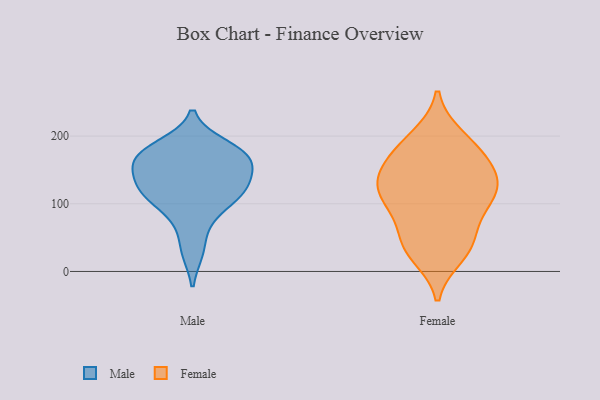
{"axis": {"x": "Website Visitors", "y": "Value"}, "legend": ["Female", "Male"], "data": [{"x": "", "y": 141, "type": "Male"}, {"x": "", "y": 31, "type": "Male"}, {"x": "", "y": 114, "type": "Male"}, {"x": "", "y": 185, "type": "Male"}, {"x": "", "y": 167, "type": "Male"}, {"x": "", "y": 174, "type": "Male"}, {"x": "", "y": 169, "type": "Male"}, {"x": "", "y": 129, "type": "Male"}, {"x": "", "y": 164, "type": "Male"}, {"x": "", "y": 78, "type": "Male"}, {"x": "", "y": 118, "type": "Male"}, {"x": "", "y": 111, "type": "Male"}, {"x": "", "y": 116, "type": "Female"}, {"x": "", "y": 44, "type": "Female"}, {"x": "", "y": 157, "type": "Female"}, {"x": "", "y": 126, "type": "Female"}, {"x": "", "y": 81, "type": "Female"}, {"x": "", "y": 24, "type": "Female"}, {"x": "", "y": 193, "type": "Female"}, {"x": "", "y": 121, "type": "Female"}, {"x": "", "y": 173, "type": "Female"}, {"x": "", "y": 35, "type": "Female"}, {"x": "", "y": 39, "type": "Female"}, {"x": "", "y": 125, "type": "Female"}, {"x": "", "y": 166, "type": "Female"}, {"x": "", "y": 89, "type": "Female"}, {"x": "", "y": 111, "type": "Female"}, {"x": "", "y": 145, "type": "Female"}, {"x": "", "y": 199, "type": "Female"}]}